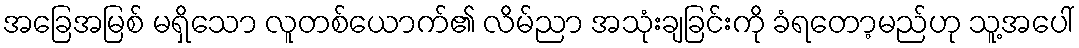
အခြေအမြစ် မရှိသော လူတစ်ယောက်၏ လိမ်ညာ အသုံးချခြင်းကို ခံရတော့မည်ဟု သူ့အပေါ်